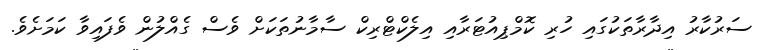
ސަރުކާރު އިދާރާތަކުގައި ހުރި ކޮމްޕިއުޓަރާއި އިލެކްޓްރިކް ސާމާނުތަކަށް ވެސް ގެއްލުން ވެފައިވާ ކަމަށެވެ.